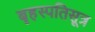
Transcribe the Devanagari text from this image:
बृहस्पतिसूत्र